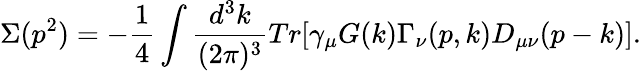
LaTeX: \Sigma(p^{2})=-\frac{1}{4}\int\frac{d^{3}k}{(2\pi)^{3}}Tr\lbrack\gamma_{\mu}G(k)\Gamma_{\nu}(p,k)D_{\mu\nu}(p-k)\rbrack.